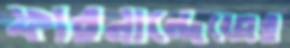
ফারনান্দেজের